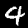
Label: 4